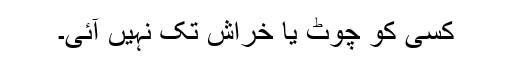
کسی کو چوٹ یا خراش تک نہیں آئی۔